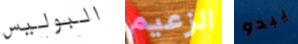
البوليس الزعيم يبدو